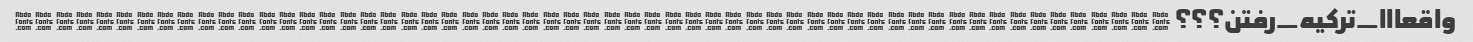
واقعااا_ترکیه_رفتن؟؟؟ ❔❔❔❓❓❔❔❔❓❔❔❓❓❔❔❔❓❓❔❔❓❓❔❓❔❔❓❔❔❓❓❔❓❓❔❓❓❔❔❓❔❔❓❓❔❔❓❓❔❓❓❔❓❔❓❓❔